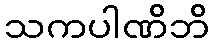
သကပါဏိဘိ